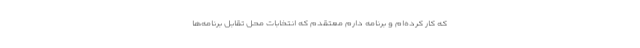
که کار کرده‌ام و برنامه دارم معتقدم که انتخابات محل تقابل برنامه‌ها